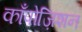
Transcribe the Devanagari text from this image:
काँपोज़िशन